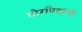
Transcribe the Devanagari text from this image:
मोरपिसांनी